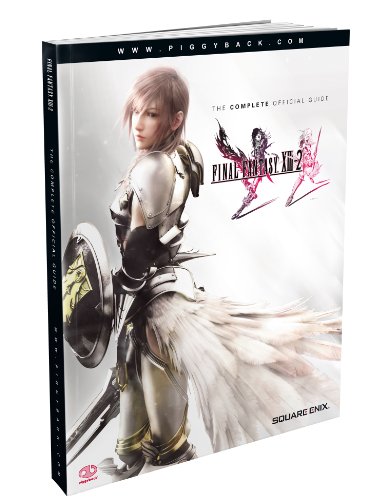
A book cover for Final Fantasy XIII-2: The Complete Official Guide; Piggyback; Computers & Technology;